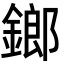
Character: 鎯